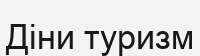
Діни туризм